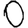
Digit: 0